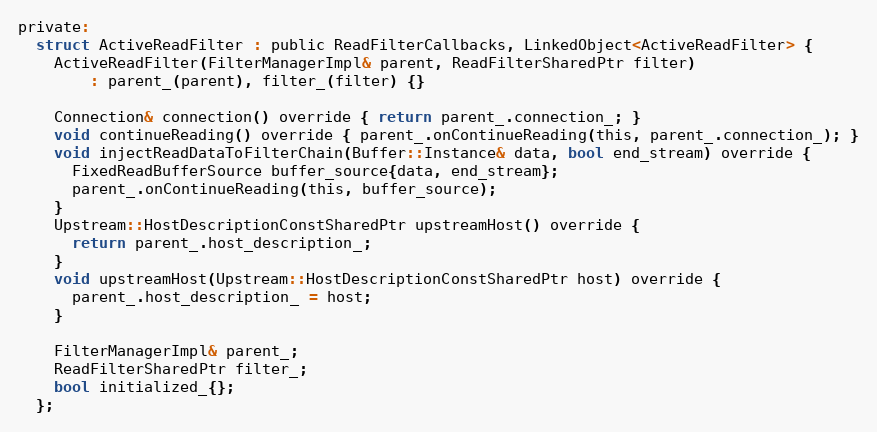
Language: C
private:
  struct ActiveReadFilter : public ReadFilterCallbacks, LinkedObject<ActiveReadFilter> {
    ActiveReadFilter(FilterManagerImpl& parent, ReadFilterSharedPtr filter)
        : parent_(parent), filter_(filter) {}

    Connection& connection() override { return parent_.connection_; }
    void continueReading() override { parent_.onContinueReading(this, parent_.connection_); }
    void injectReadDataToFilterChain(Buffer::Instance& data, bool end_stream) override {
      FixedReadBufferSource buffer_source{data, end_stream};
      parent_.onContinueReading(this, buffer_source);
    }
    Upstream::HostDescriptionConstSharedPtr upstreamHost() override {
      return parent_.host_description_;
    }
    void upstreamHost(Upstream::HostDescriptionConstSharedPtr host) override {
      parent_.host_description_ = host;
    }

    FilterManagerImpl& parent_;
    ReadFilterSharedPtr filter_;
    bool initialized_{};
  };